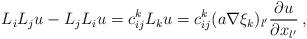
LaTeX: \begin{align*} L_iL_j u - L_jL_i u = c_{ij}^k L_k u = c_{ij}^k (a\nabla \xi_k)_{l'} \frac{\partial u}{\partial x_{l'}}\,, \end{align*}